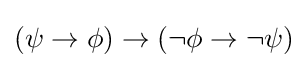
(\psi \to \phi )\to (\neg \phi \to \neg \psi )